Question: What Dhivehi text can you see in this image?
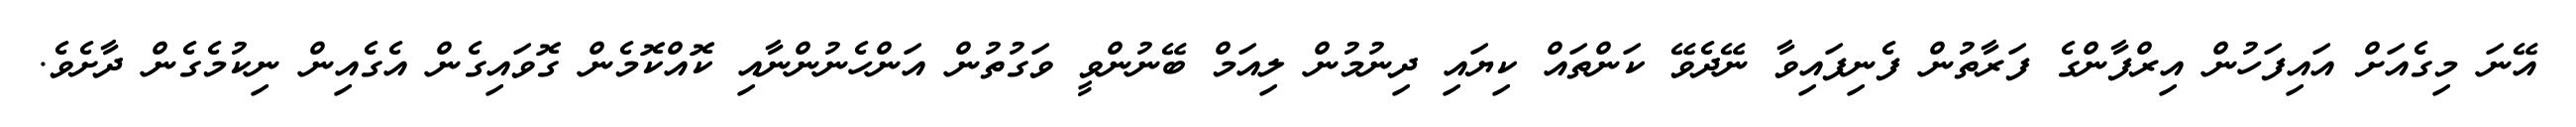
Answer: އޭނަ މިގެއަށް އައިފަހުން އިރްފާންގެ ފަރާތުން ފެނިފައިވާ ނޭދެވޭ ކަންތައް ކިޔައި ދިނުމުން ލިއަމް ބޭނުންވީ ވަގުތުން އަންހެނުންނާއި ކޮއްކޮމެން ގޮވައިގެން އެގެއިން ނިކުމެގެން ދާށެވެ.